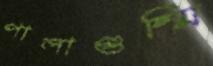
পালাগুম্মি